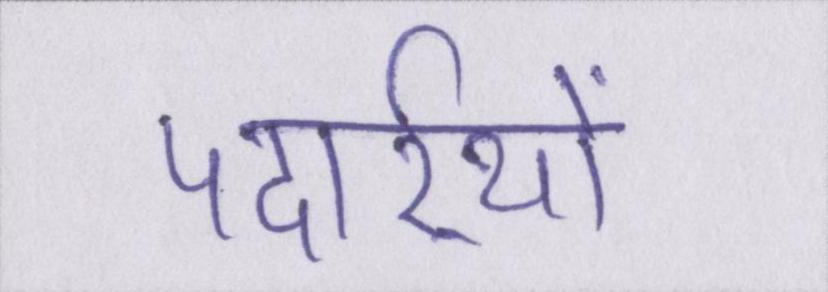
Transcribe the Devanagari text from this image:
पदार्र्थो